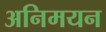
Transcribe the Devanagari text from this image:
अनिमयन